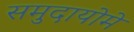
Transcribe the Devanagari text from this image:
समुदायोमे